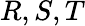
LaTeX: R,S,T